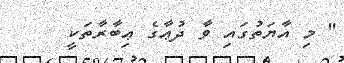
'' މި އާޔަތުގައި ވާ ދުޢާގެ ޢިބާރާތަކީ